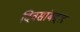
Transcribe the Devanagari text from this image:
दिवसांबद्दल